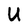
Character: U